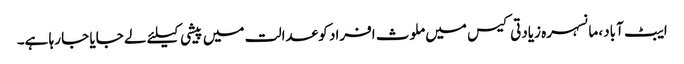
ایبٹ آباد، مانسہرہ زیادتی کیس میں ملوث افراد کو عدالت میں پیشی کیلئے لے جایا جا رہا ہے۔